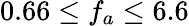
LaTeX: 0.66\leq f_{a}\leq 6.6